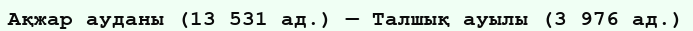
Ақжар ауданы (13 531 ад.) — Талшық ауылы (3 976 ад.)